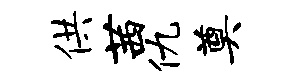
供茜仇奠